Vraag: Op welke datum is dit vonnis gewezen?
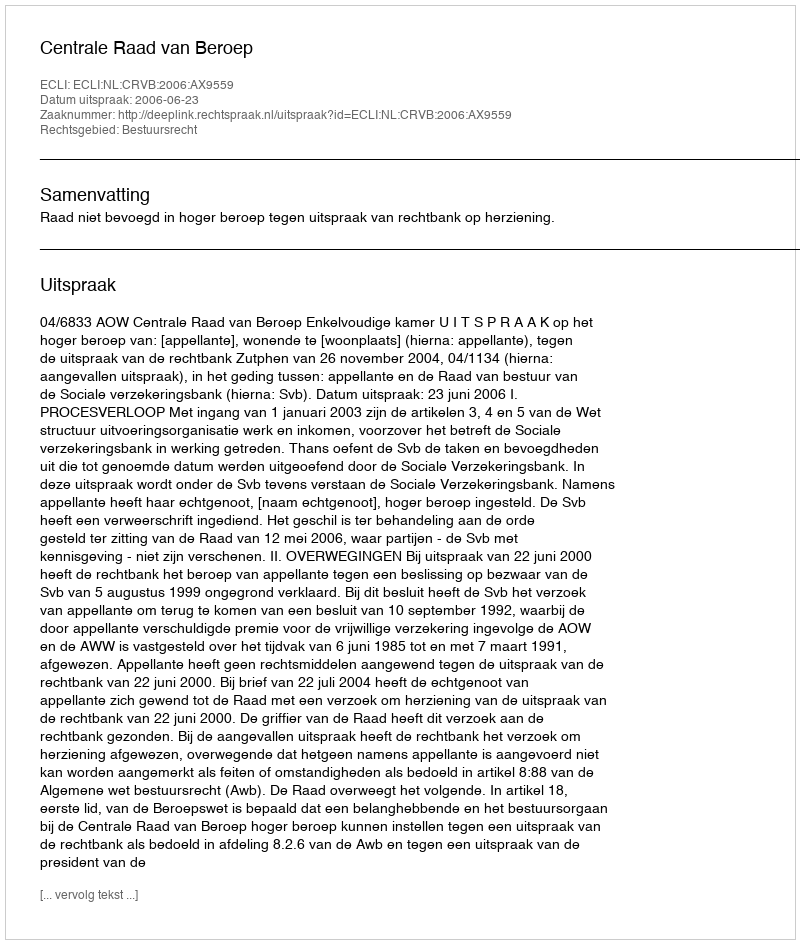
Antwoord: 2006-06-23